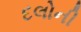
દલોની